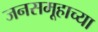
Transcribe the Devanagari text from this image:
जनसमूहाच्‍या